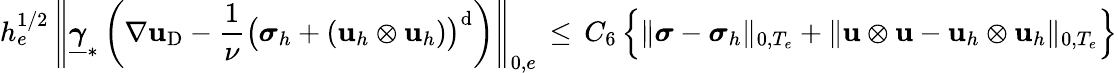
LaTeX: h_{e}^{1/2}\, \left\| \underline{{{\boldsymbol\gamma}}}_{*}\left(\nabla\mathbf{u}_{\mathrm{D}}-\frac{1}{\nu}\big({\boldsymbol\sigma}_{h}+(\mathbf{u}_{h}\otimes\mathbf{u}_{h})\big)^{\mathrm{d}}\right)\right\| _{0,e}\, \leq\, C_{6}\, \Big\{ \| {\boldsymbol\sigma}-{\boldsymbol\sigma}_{h}\| _{0,T_{e}}+\| \mathbf{u}\otimes\mathbf{u}-\mathbf{u}_{h}\otimes\mathbf{u}_{h}\| _{0,T_{e}}\Big\}